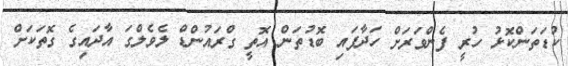
ކުޑަތަންކޮޅު ހުރީ ފެންވަރަށް ހަދާފައި ބޮޑުތަން އޮތީ ގްރައުންޑް ލެވެލްގަ އާދައިގެ ގޮތަކަށް